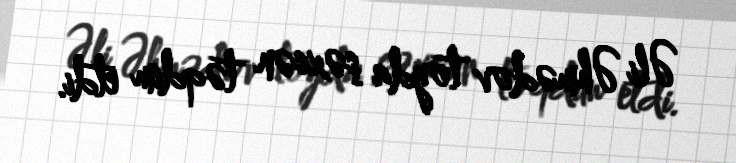
Əli Əhmədov toyda şəxsən təqdim etdi.